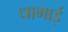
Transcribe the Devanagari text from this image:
धाभाई